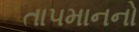
તા૫માનનો